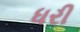
ધરી